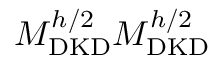
M _ { \mathrm { D K D } } ^ { h / 2 } M _ { \mathrm { D K D } } ^ { h / 2 }